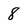
Character: 8